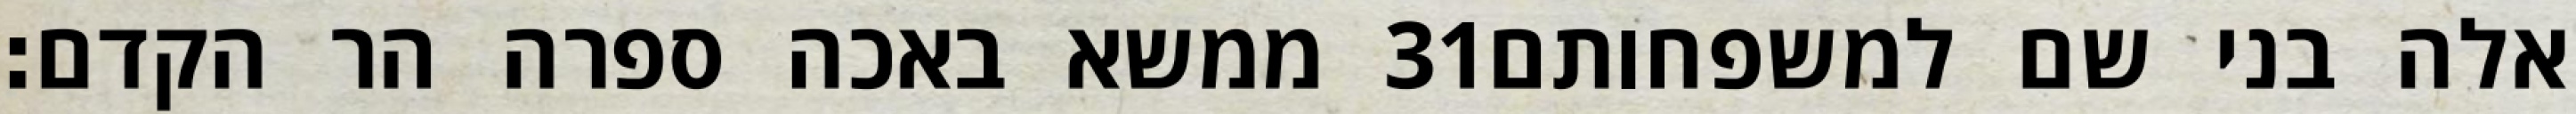
ממשא באכה ספרה הר הקדם׃ ‎31‏ אלה בני שם למשפחותם